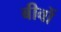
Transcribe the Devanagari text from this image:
बीवों